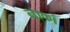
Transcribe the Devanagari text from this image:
नाकां